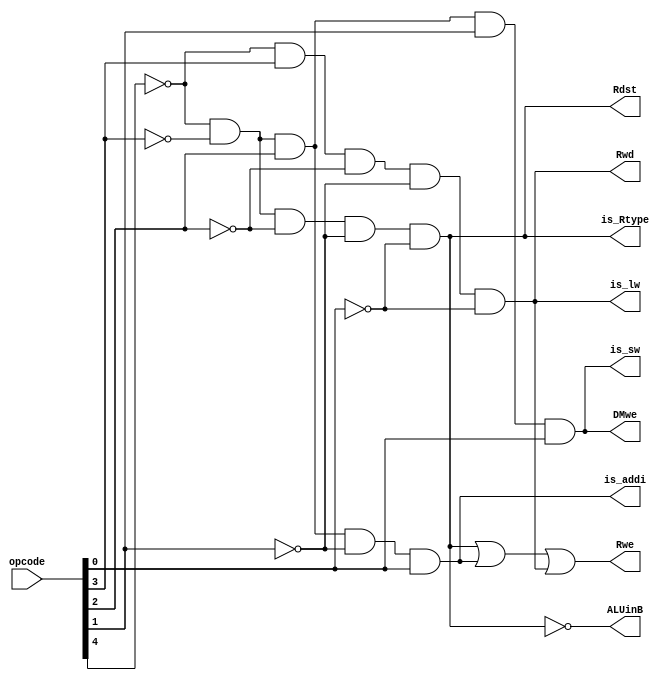
module control(opcode, DMwe, Rwe, Rwd, Rdst, ALUinB, is_Rtype, is_addi, is_lw, is_sw);
	input[4:0] opcode;
	output DMwe, Rwe, Rwd, Rdst, ALUinB, is_Rtype, is_addi, is_lw, is_sw;
	
	assign is_Rtype = ~opcode[4] && ~opcode[3] && ~opcode[2] && ~opcode[1] && ~opcode[0];
	assign is_addi = ~opcode[4] && ~opcode[3] && opcode[2] && ~opcode[1] && opcode[0];
	assign is_lw = ~opcode[4] && opcode[3] && ~opcode[2] && ~opcode[1] && ~opcode[0];
	assign is_sw = ~opcode[4] && ~opcode[3] && opcode[2] && opcode[1] && opcode[0];
	
	assign DMwe = is_sw;          
	assign Rwe = is_Rtype || is_addi || is_lw;
	assign Rwd = is_lw;         //rwd == 0 for lw, 1 for r_type & i_type
	assign Rdst = is_Rtype;     //rdst == 1 when R type is performed
	assign ALUinB = ~is_Rtype;   //aluinb == 0 when r type is performed(select data from regfile instead of constant)
	
	
endmodule